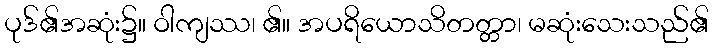
ပုဒ်၏အဆုံး၌။ ဝါကျဿ၊ ၏။ အပရိယောသိတတ္တာ၊ မဆုံးသေးသည်၏